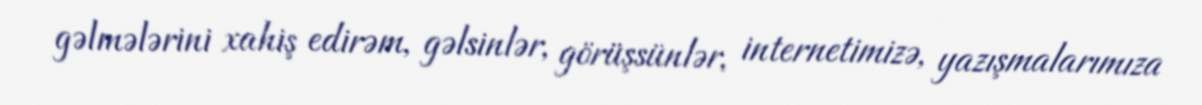
gəlmələrini xahiş edirəm, gəlsinlər, görüşsünlər, internetimizə, yazışmalarımıza